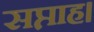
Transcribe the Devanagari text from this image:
सप्ताह।